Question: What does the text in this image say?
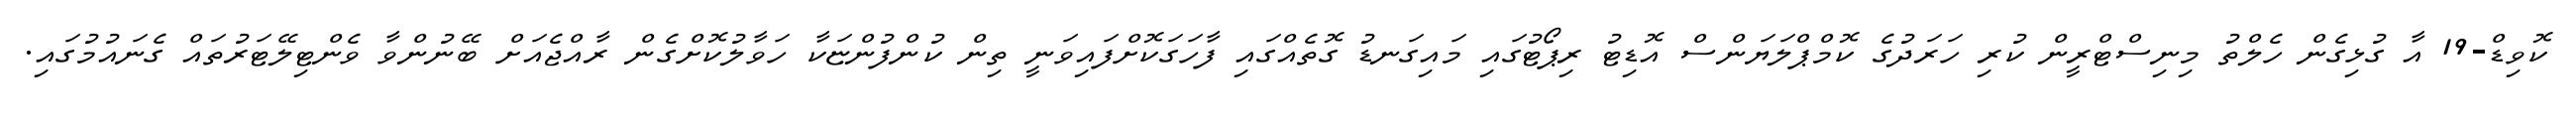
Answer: ކޮވިޑް-19 އާ ގުޅިގެން ހެލްތު މިނިސްޓްރީން ކުރި ހަރަދުގެ ކޮމްޕްލަޔަންސް އޮޑިޓު ރިޕޯޓުގައި މައިގަނޑު ގޮތެއްގައި ފާހަގަކޮށްފައިވަނީ ތިން ކުންފުންޏަކާ ހަވާލުކޮށްގެން ރާއްޖެއަށް ބޭނުންވާ ވެންޓިލޭޓަރުތައް ގެނައުމުގައި.